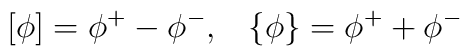
\left[ \phi \right] =\phi ^+ - \phi ^-, ~~ \left\{ \phi \right\} =\phi ^+ +\phi ^-